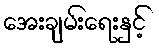
အေးချမ်းရေးနှင့်